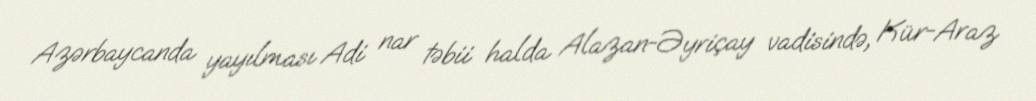
Azərbaycanda yayılması Adi nar təbii halda Alazan-Əyriçay vadisində, Kür-Araz